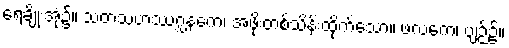
ရေချိုးအုံ၌။ သတသဟဿဂ္ဃနကေ၊ အဖိုးတစ်သိန်းထိုက်သော။ ဖလကေ၊ ပျဉ်၌။